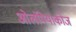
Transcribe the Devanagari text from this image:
ओलंपियाकोज